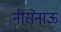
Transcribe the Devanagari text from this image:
नीसेनाऊ